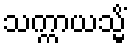
သက္ကာယသ္မိံ